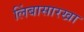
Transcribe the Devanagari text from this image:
लिंबासारखा